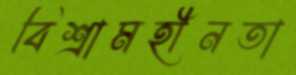
বিশ্রামহীনতা